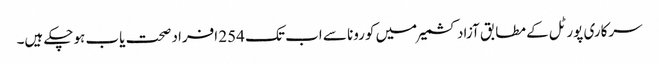
سرکاری پورٹل کے مطابق آزاد کشمیر میں کورونا سے اب تک 254 افراد صحت یاب ہوچکے ہیں۔